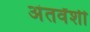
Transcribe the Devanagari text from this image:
अंतर्वेंशी